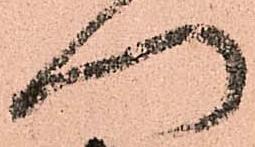
門